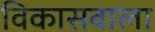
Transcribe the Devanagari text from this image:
विकासवाला